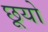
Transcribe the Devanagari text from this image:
छूयो